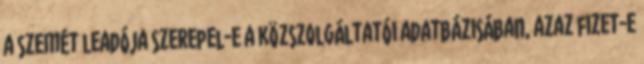
a szemét leadója szerepel-e a közszolgáltatói adatbázisában, azaz fizet-e